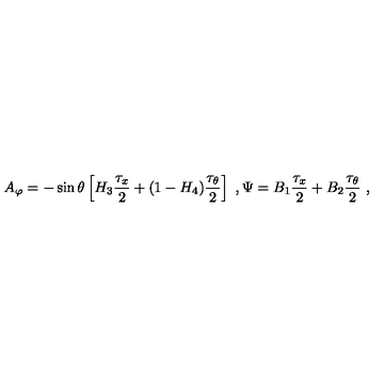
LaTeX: A _ { \varphi } = - \sin \theta \left[ H _ { 3 } \frac { \tau _ { x } } { 2 } + ( 1 - H _ { 4 } ) \frac { \tau _ { \theta } } { 2 } \right] \ , \Psi = B _ { 1 } \frac { \tau _ { x } } { 2 } + B _ { 2 } \frac { \tau _ { \theta } } { 2 } \ ,